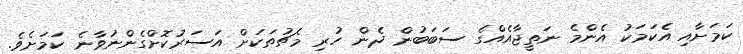
ކަމަށާއި އެކަމަކު އެންމެ ނަތީޖާއެއްގެ ސަބަބުން ދެން ހުރި މެޗުތަކަށް އަސަރުކޮށްގެންނުވާނެ ކަމަށެވެ.